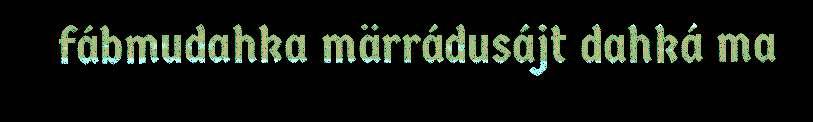
fábmudahka märrádusájt dahká ma